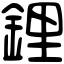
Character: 鋰